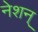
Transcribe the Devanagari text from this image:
नेशन्